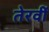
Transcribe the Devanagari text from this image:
तेरवीं